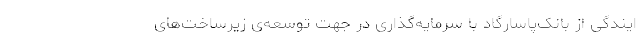
ایندگی از بانک‌پاسارگاد با سرمایه‌گذاری در جهت توسعه‌ی زیرساخت‌های